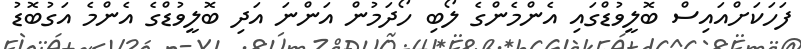
ފަހަކަށްއައިސް ބޮލީވުޑްގައި އެންމެންގެ ލޯބި ހޯދަމުން އަންނަ އަދި ބޮލީވުޑްގެ އެންމެ އަގުބޮޑު